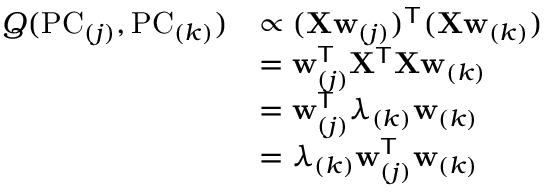
{ \begin{array} { r l } { Q ( \mathrm { P C } _ { ( j ) } , \mathrm { P C } _ { ( k ) } ) } & { \propto ( \mathbf { X } \mathbf { w } _ { ( j ) } ) ^ { \mathsf { T } } ( \mathbf { X } \mathbf { w } _ { ( k ) } ) } \\ & { = \mathbf { w } _ { ( j ) } ^ { \mathsf { T } } \mathbf { X } ^ { \mathsf { T } } \mathbf { X } \mathbf { w } _ { ( k ) } } \\ & { = \mathbf { w } _ { ( j ) } ^ { \mathsf { T } } \lambda _ { ( k ) } \mathbf { w } _ { ( k ) } } \\ & { = \lambda _ { ( k ) } \mathbf { w } _ { ( j ) } ^ { \mathsf { T } } \mathbf { w } _ { ( k ) } } \end{array} }